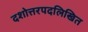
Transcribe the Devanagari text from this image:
दशोत्तरपदलिखित